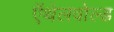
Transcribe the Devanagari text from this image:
ऍथेलवोल्ड